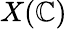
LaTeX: X(\mathbb{C})